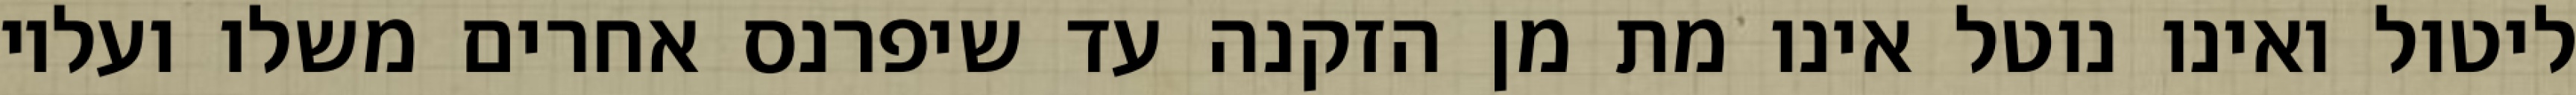
ליטול ואינו נוטל אינו מת מן הזקנה עד שיפרנס אחרים משלו ועליו